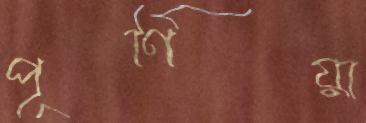
পূর্ণিয়া